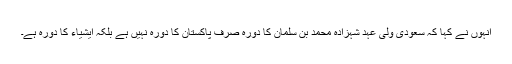
انہوں نے کہا کہ سعودی ولی عہد شہزادہ محمد بن سلمان کا دورہ صرف پاکستان کا دورہ نہیں ہے بلکہ ایشیاء کا دورہ ہے۔